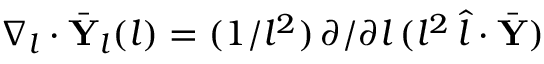
\nabla _ { l } \cdot \bar { \mathbf { Y } } _ { l } ( l ) = ( 1 / l ^ { 2 } ) \, \partial / \partial l \, ( l ^ { 2 } \, \hat { l } \cdot \bar { \mathbf { Y } } )